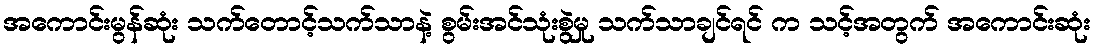
အကောင်းမွန်ဆုံး သက်တောင့်သက်သာနဲ့ စွမ်းအင်သုံးစွဲမှု သက်သာချင်ရင် က သင့်အတွက် အကောင်းဆုံး